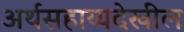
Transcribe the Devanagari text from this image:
अर्थसहाय्यदेखील